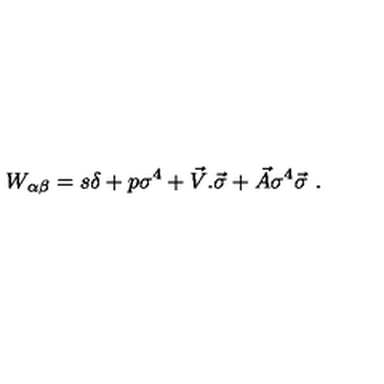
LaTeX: W _ { \alpha \beta } = s \delta + p \sigma ^ { 4 } + { \vec { V } } . { \vec { \sigma } } + { \vec { A } } \sigma ^ { 4 } { \vec { \sigma } } \ .